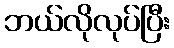
ဘယ်လိုလုပ်ပြီး